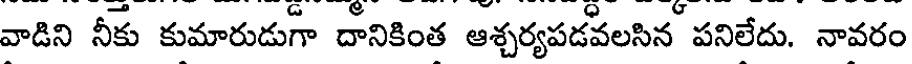
వాడిని నీకు కుమారుడుగా దానికింత ఆశ్చర్యపడవలసిన పనిలేదు. నావరం